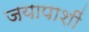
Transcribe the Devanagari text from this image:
जयापाशीं